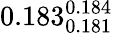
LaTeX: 0.183_{0.181}^{0.184}